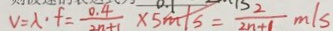
v = \lambda \cdot f = \frac { 0 . 4 } { 2 n + 1 } \cdot 5 m / s = \frac { 2 } { 2 n + 1 } x / s